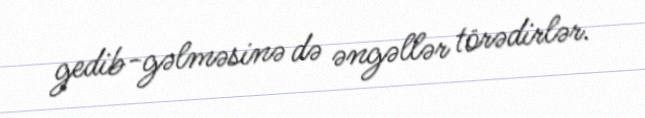
gedib-gəlməsinə də əngəllər törədirlər.